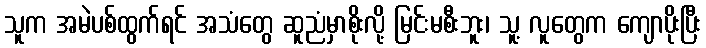
သူက အမဲပစ်ထွက်ရင် အသံတွေ ဆူညံမှာစိုးလို့ မြင်းမစီးဘူး၊ သူ့ လူတွေက ကျောပိုးပြီး